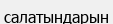
салатындарын